Board of Education Examinations in Art and in Science and Technology, and Examinations of the City and Guilds of London Institute, 1916, 1916
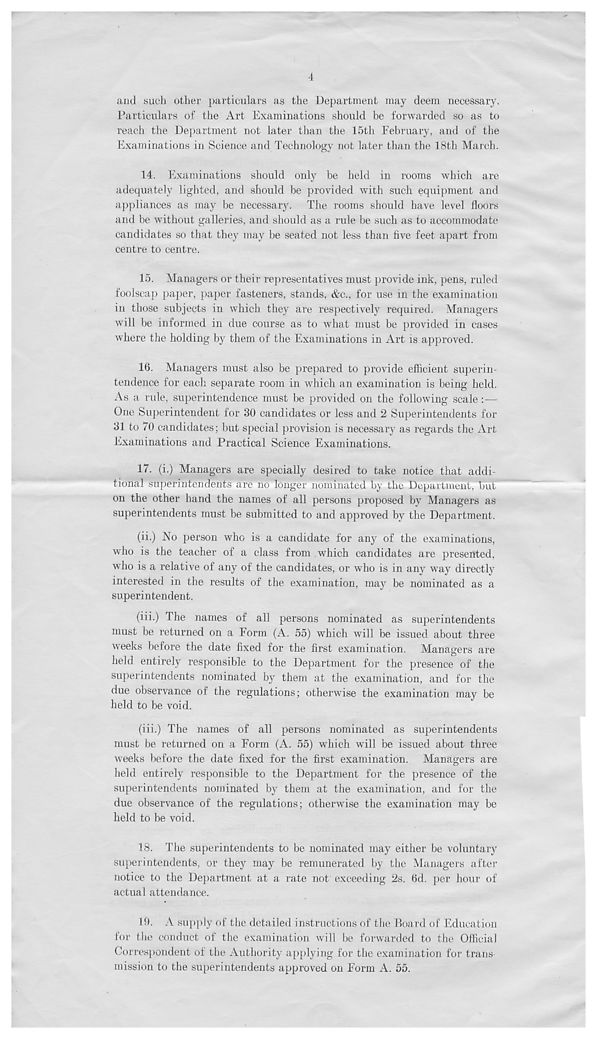
4
and such other particulars as the Department may deem necessary.
Particulars of the Art Examinations should be forwarded so as to
reach the Department not later than the 15th February, and of the
Examinations in Science and Technology not later than the 18th March.
14. Examinations should only be held in rooms which are
adequately lighted, and should be provided with such equipment and
appliances as may be necessary. The rooms should have level floors
and be without galleries, and should as a rule be such as to accommodate
candidates so that they may be seated not less than five feet apart from
centre to centre.
15. Managers or their representatives must provide ink, pens, ruled
foolscap paper, paper fasteners, stands, &c., for use in the examination
in those subjects in which they are respective!}^ required. Managers
will be informed in due course as to what must be provided in cases
where the holding by them of the Examinations in Art is approved.
16. Managers must also be prepared to provide efficient superin-
tendence for each separate room in which an examination is being held.
As a rule, superintendence must be provided on the following scale :—
One Superintendent for 30 candidates or less and 2 Superintendents for
31 to 70 candidates; but special provision is necessary as regards the Art
Examinations and Practical Science Examinations.
17. (i.) Managers are specially desired to take notice that addi-
tional superintendents are no longer nominated by the Department, but
on the other hand the names of all persons proposed by Managers as
superintendents must be submitted to and approved by the Department.
(ii.) No person who is a candidate for any of the examinations,
who is the teacher of a class from which candidates are presented,
who is a relative of any of the candidates, or who is in any way directly
interested in the results of the examination, may be nominated as a
superintendent.
(iii.) The names of all persons nominated as superintendents
must be returned on a Form (A. 55) which will be issued about three
weeks before the date fixed for the first examination. Managers are
held entirely responsible to the Department for the presence of the
superintendents nominated by them at the examination, and for the
due observance of the regulations; otherwise the examination may be
held to be void.
(iii.) The names of all persons nominated as superintendents
must be returned on a Form (A. 55) which will be issued about three
weeks before the date fixed for the first examination. Managers are
held entirely responsible to the Department for the presence of the
superintendents nominated by them at the examination, and for the
due observance of the regulations; otherwise the examination may be
held to be void.
18. The superintendents to be nominated may either be voluntary
superintendents, or they may be remunerated by the Managers after
notice to the Department at a rate not exceeding 2s. 6d. per hour of
actual attendance.
10. A supply of the detailed instructions of the Board of Education
for the conduct of the examination will be forwarded to the Official
Correspondent of the Authority applying for the examination for trans-
mission to the superintendents approved on Form A. 55.